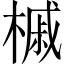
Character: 槭